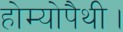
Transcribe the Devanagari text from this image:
होम्योपैथी।